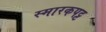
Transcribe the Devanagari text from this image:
स्मारकपट्ट